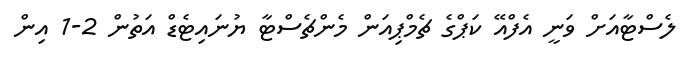
ލެސްޓާއަށް ވަނީ އެފްއޭ ކަޕްގެ ޗެމްޕިއަން މެންޗެސްޓާ ޔުނައިޓެޑް އަތުން 2-1 އިން